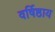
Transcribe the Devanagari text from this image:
वर्षिष्ठाय